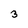
Character: 3